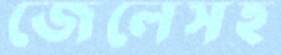
জেলেসহ